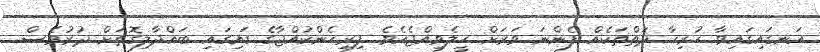
އަނގައިގައިވާ ހުރިހާ ދަތްތަކެއް ފެންނަ ވަރަށް ހީލެވިއްޖެއެވެ. ފިރިހެންކުއްޖާގެ ގައިގައި ބައްދާލިގޮތަށް ދުރުވެސް